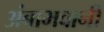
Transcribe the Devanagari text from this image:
अंबाभवानी